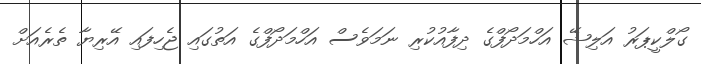
ގޯލްކީޕަރު އަލިޝޭ އަހްމަދޯފްގެ ދިފާއުކުރި ނަމަވެސް އަހްމަދޯފްގެ އަތުގައި ޖެހިފައި އޭރިޔާ ތެރެއަށް